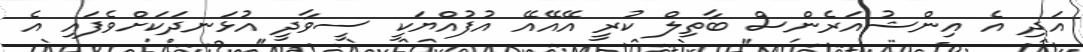
އަދި އެ އިންޝުއަރެންސް ބާތިލް ކުރީ އޭއޭއޭ އުފުއްޔަކީ ސީވާދީ އުޅަނދަކަށްވެފައި އެ